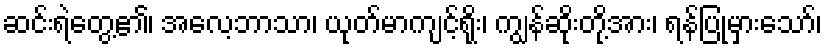
ဆင်းရဲတွေ့၏၊ အလေ့ဘာသာ၊ ယုတ်မာကျင့်ရိုး၊ ကျွန်ဆိုးတို့အား၊ ရန်ပြုမှားသော်၊